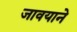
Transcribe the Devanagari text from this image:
जावयाने